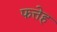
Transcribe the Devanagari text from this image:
फत्तेह